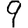
Digit: 9